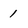
Character: 1